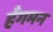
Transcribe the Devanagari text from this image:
हँगमन